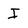
Character: I